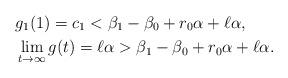
LaTeX: \begin{align*}&g_1(1)=c_1< \beta_1-\beta_0+r_0\alpha+\ell\alpha,\\&\lim_{t\to\infty}g(t)=\ell\alpha> \beta_1-\beta_0+r_0\alpha+\ell\alpha.\end{align*}